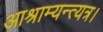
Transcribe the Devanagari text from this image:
आश्राम्यन्त्यत्र।